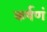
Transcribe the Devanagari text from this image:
कर्षणं